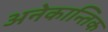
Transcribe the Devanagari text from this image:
अनेकान्तिक